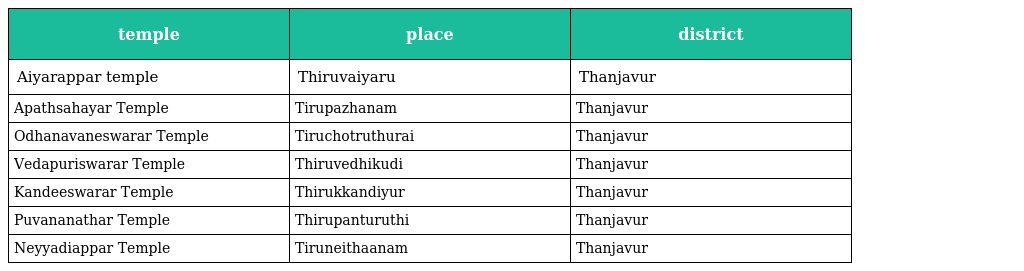
| temple | place | district |
 | --- | --- | --- |
 | Aiyarappar temple | Thiruvaiyaru | Thanjavur |
 | Apathsahayar Temple | Tirupazhanam | Thanjavur |
 | Odhanavaneswarar Temple | Tiruchotruthurai | Thanjavur |
 | Vedapuriswarar Temple | Thiruvedhikudi | Thanjavur |
 | Kandeeswarar Temple | Thirukkandiyur | Thanjavur |
 | Puvananathar Temple | Thirupanturuthi | Thanjavur |
 | Neyyadiappar Temple | Tiruneithaanam | Thanjavur |